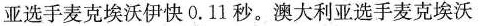
亚选手麦克埃沃伊快0.11秒。澳大利亚选手麦克埃沃